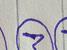
Signature authenticity: genuine